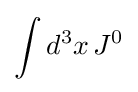
\int d^{3}x\,J^{0}